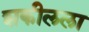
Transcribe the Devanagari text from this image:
शकीलला